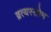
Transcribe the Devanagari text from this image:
व्रत्यस्तोम